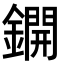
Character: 鐦